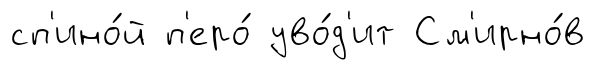
сп'ино́й п'еро́ уво́д'ит См'ирно́в